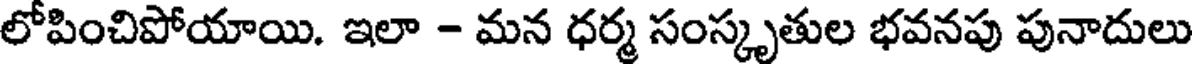
లోపించిపోయాయి. ఇలా - మన ధర్మ సంస్కృతుల భవనపు పునాదులు